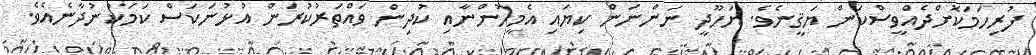
ފުރިހަމަކޮށްދެއްވީސްކަން ޔަޤީނެވެ. ޔަހޫދީ ނަންނަން ކިޔައި އެމީހުންނާއި ކުދިން ވައްތަރުކުރަން އުޅުނަކަސް ކަމަކުނުދާނެއެވެ.